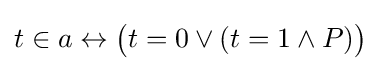
t\in a\leftrightarrow {\big (}t=0\lor (t=1\land P){\big )}